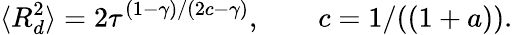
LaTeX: \langle R_{d}^{2}\rangle=2\tau^{(1-\gamma)/(2c-\gamma)},\qquad c=1/((1+a)).